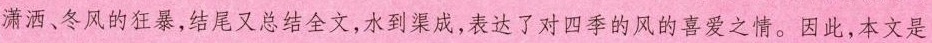
潇话、冬风的狂暴，结尾又总结全文，水到渠成，表达了对四季的风的喜爱之情。因此，本文是